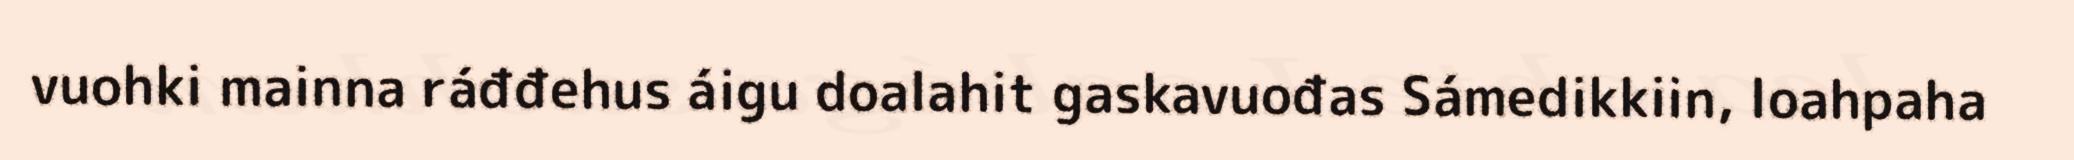
vuohki mainna ráđđehus áigu doalahit gaskavuođas Sámedikkiin, loahpaha